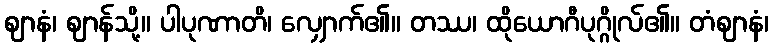
ဈာနံ၊ ဈာန်သို့။ ပါပုဏာတိ၊ လျှောက်၏။ တဿ၊ ထိုယောဂီပုဂ္ဂိုလ်၏။ တံဈာနံ၊